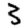
Digit: 3